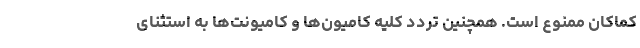
کماکان ممنوع است. همچنین تردد کلیه کامیون‌ها و کامیونت‌ها به استثنای